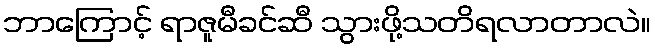
ဘာကြောင့် ရာဇူမီခင်ဆီ သွားဖို့သတိရလာတာလဲ။